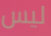
ليس